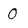
Character: 0